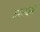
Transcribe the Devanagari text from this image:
बसावेसे